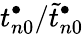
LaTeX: t_{n0}^{\bullet}/\widetilde t_{n0}^{\bullet}